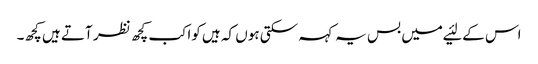
اس کے لئیے میں بس یہ کہہ سکتی ہوں کہ ہیں کواکب کچھ نظر آتے ہیں کچھ۔